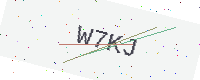
Text: W7KJ